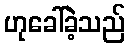
ဟုခေါ်ခဲ့သည်